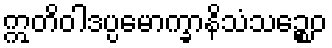
ဣတိဝါဒပ္ပမောက္ခာနိသံသဉ္စေဝ